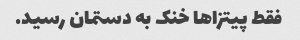
فقط پیتزاها خنک به دستمان رسید.